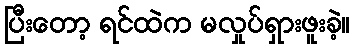
ပြီးတော့ ရင်ထဲက မလှုပ်ရှားဖူးခဲ့။